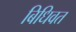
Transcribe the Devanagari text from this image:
बिधिवत